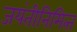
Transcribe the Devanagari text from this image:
जयंतीनिमित्‍त